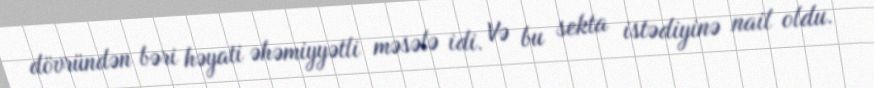
dövründən bəri həyati əhəmiyyətli məsələ idi. Və bu sekta istədiyinə nail oldu.